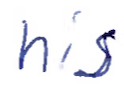
Text: his
Cross-out: clean
Writing tool: ballpoint